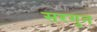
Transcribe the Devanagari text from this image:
सरगुन